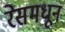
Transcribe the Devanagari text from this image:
रेसमधून